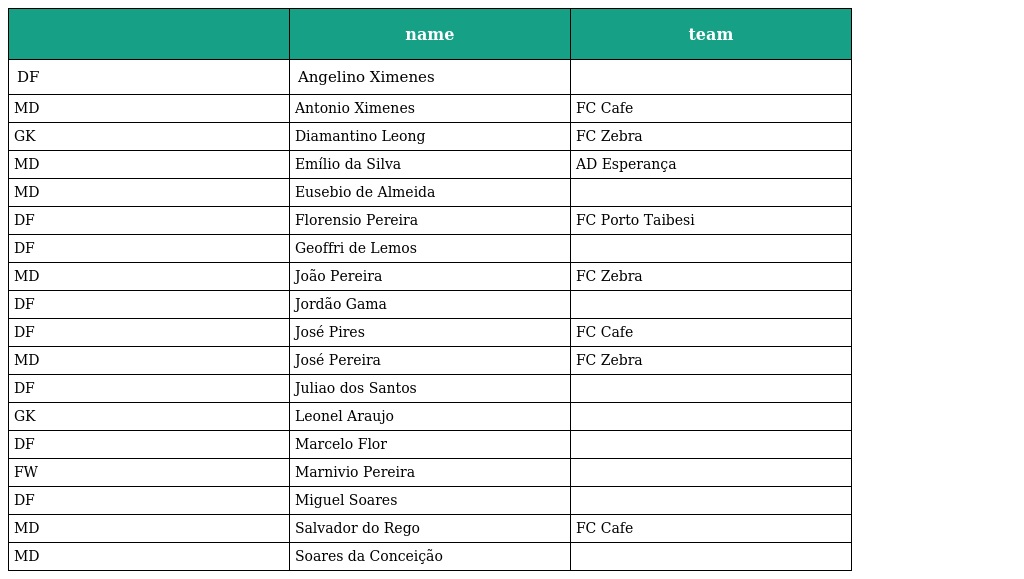
|  | name | team |
 | --- | --- | --- |
 | DF | Angelino Ximenes |  |
 | MD | Antonio Ximenes | FC Cafe |
 | GK | Diamantino Leong | FC Zebra |
 | MD | Emílio da Silva | AD Esperança |
 | MD | Eusebio de Almeida |  |
 | DF | Florensio Pereira | FC Porto Taibesi |
 | DF | Geoffri de Lemos |  |
 | MD | João Pereira | FC Zebra |
 | DF | Jordão Gama |  |
 | DF | José Pires | FC Cafe |
 | MD | José Pereira | FC Zebra |
 | DF | Juliao dos Santos |  |
 | GK | Leonel Araujo |  |
 | DF | Marcelo Flor |  |
 | FW | Marnivio Pereira |  |
 | DF | Miguel Soares |  |
 | MD | Salvador do Rego | FC Cafe |
 | MD | Soares da Conceição |  |